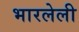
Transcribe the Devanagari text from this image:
भारलेली